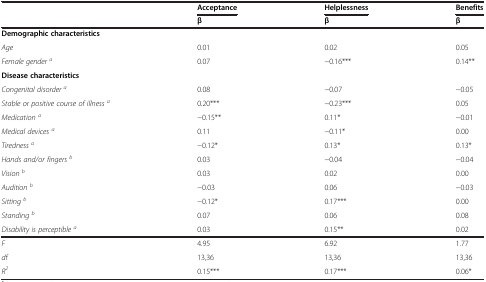
<table><thead><tr><td rowspan="2"><b> </b></td><td><b>Acceptance</b></td><td><b>Helplessness</b></td><td><b>Benefits</b></td></tr><tr><td><b>β</b></td><td><b>β</b></td><td><b>β</b></td></tr></thead><tbody><tr><td><b>Demographic characteristics</b></td><td> </td><td> </td><td> </td></tr><tr><td><i>Age</i></td><td>0.01</td><td>0.02</td><td>0.05</td></tr><tr><td><i>Female gender</i><sup><i>a</i></sup></td><td>0.07</td><td>−0.16***</td><td>0.14**</td></tr><tr><td><b>Disease characteristics</b></td><td> </td><td> </td><td> </td></tr><tr><td><i>Congenital disorder</i><sup><i>a</i></sup></td><td>0.08</td><td>−0.07</td><td>−0.05</td></tr><tr><td><i>Stable or positive course of illness</i><sup><i>a</i></sup></td><td>0.20***</td><td>−0.23***</td><td>0.05</td></tr><tr><td><i>Medication</i><sup><i>a</i></sup></td><td>−0.15**</td><td>0.11*</td><td>−0.01</td></tr><tr><td><i>Medical devices</i><sup><i>a</i></sup></td><td>0.11</td><td>−0.11*</td><td>0.00</td></tr><tr><td><i>Tiredness</i><sup><i>a</i></sup></td><td>−0.12*</td><td>0.13*</td><td>0.13*</td></tr><tr><td><i>Hands and/or fingers</i><sup><i>b</i></sup></td><td>0.03</td><td>−0.04</td><td>−0.04</td></tr><tr><td><i>Vision</i><sup><i>b</i></sup></td><td>0.03</td><td>0.02</td><td>0.00</td></tr><tr><td><i>Audition</i><sup><i>b</i></sup></td><td>−0.03</td><td>0.06</td><td>−0.03</td></tr><tr><td><i>Sitting</i><sup><i>b</i></sup></td><td>−0.12*</td><td>0.17***</td><td>0.00</td></tr><tr><td><i>Standing</i><sup><i>b</i></sup></td><td>0.07</td><td>0.06</td><td>0.08</td></tr><tr><td><i>Disability is perceptible</i><sup><i>a</i></sup></td><td>0.03</td><td>0.15**</td><td>0.02</td></tr><tr><td><i>F</i></td><td>4.95</td><td>6.92</td><td>1.77</td></tr><tr><td><i>df</i></td><td>13,36</td><td>13,36</td><td>13,36</td></tr><tr><td><i>R</i><sup><i>2</i></sup></td><td>0.15***</td><td>0.17***</td><td>0.06*</td></tr></tbody></table>